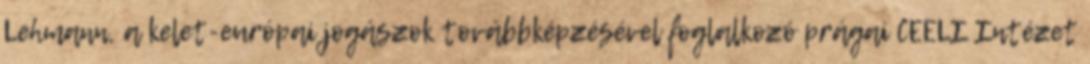
Lehmann, a kelet-európai jogászok továbbképzésével foglalkozó prágai CEELI Intézet